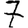
Digit: 7